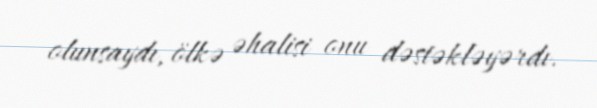
olunsaydı, ölkə əhalisi onu dəstəkləyərdı.